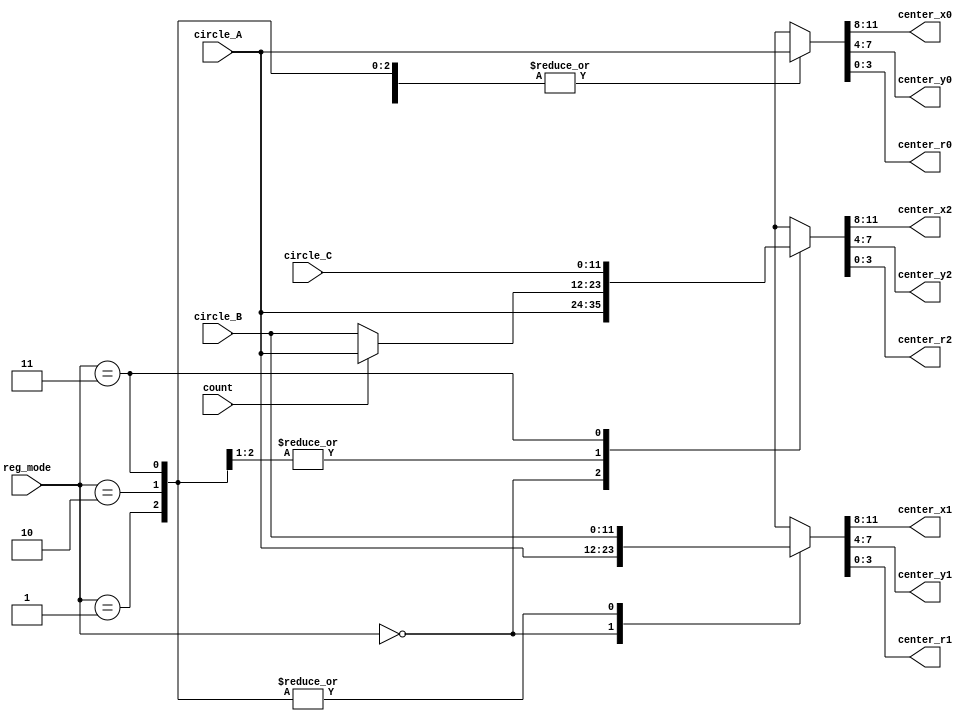
module GenerateAddress(
circle_A,
circle_B,
circle_C,
reg_mode,
count,
center_x0, 
center_x1, 
center_x2, 
center_y0, 
center_y1, 
center_y2, 
center_r0, 
center_r1, 
center_r2
);
input[11:0] circle_A, circle_B, circle_C;
input[1:0] reg_mode;
input count;
output[3:0] center_x0, center_x1, center_x2, center_y0, center_y1, center_y2, center_r0, center_r1, center_r2;
reg[3:0] center_x0, center_x1, center_x2, center_y0, center_y1, center_y2, center_r0, center_r1, center_r2;

always@(*) begin 
	case(reg_mode)
		2'b00: begin
			{center_x0, center_y0, center_r0} = circle_A;
			{center_x1, center_y1, center_r1} = circle_A;
			{center_x2, center_y2, center_r2} = circle_A;
		end	
		2'b01: begin
			{center_x0, center_y0, center_r0} = circle_A;
			{center_x1, center_y1, center_r1} = circle_B;
			{center_x2, center_y2, center_r2} = (count)? circle_A : circle_B;
		end	
		2'b10: begin
			{center_x0, center_y0, center_r0} = circle_A;
			{center_x1, center_y1, center_r1} = circle_B;
			{center_x2, center_y2, center_r2} = (count)? circle_A : circle_B;
		end	
		2'b11: begin
			{center_x0, center_y0, center_r0} = circle_A;
			{center_x1, center_y1, center_r1} = circle_B;
			{center_x2, center_y2, center_r2} = circle_C;
		end	
		default: begin
			{center_x0, center_y0, center_r0} = 12'bx;
			{center_x1, center_y1, center_r1} = 12'bx;
			{center_x2, center_y2, center_r2} = 12'bx;
		end	
	endcase	
end
endmodule